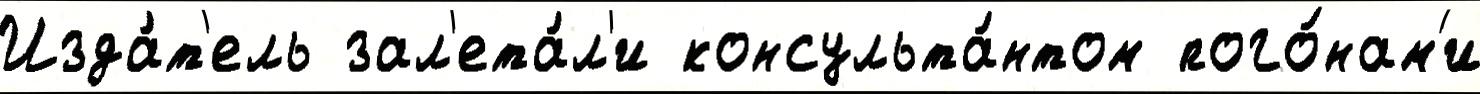
Изда́т'ель зал'ета́л'и консульта́нтом пого́нам'и